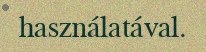
használatával.